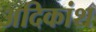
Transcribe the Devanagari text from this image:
अदिकांश